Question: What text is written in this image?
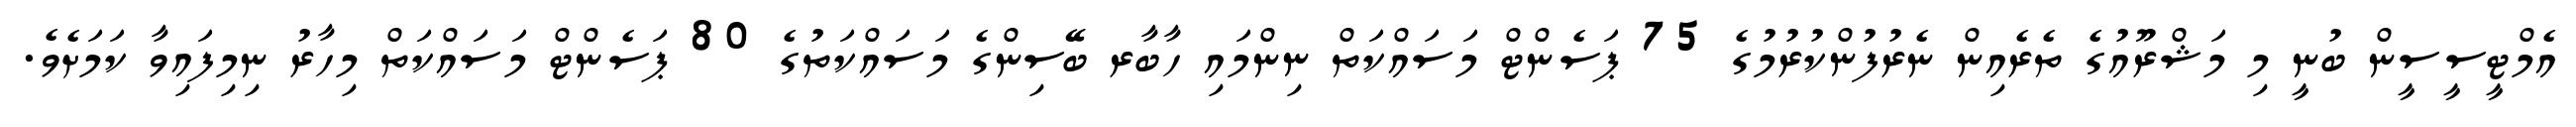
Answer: އެމްޓީސީސީން ބުނީ މި މަޝްރޫއުގެ ތެރެއިން ނެރުފުންކުރުމުގެ 75 ޕަސެންޓް މަސައްކަތް ނިންމައި ހާބާރ ބޭސިންގެ މަސައްކަތުގެ 80 ޕަސެންޓް މަސައްކަތް މިހާރު ނިމިފައިވާ ކަމަށެވެ.